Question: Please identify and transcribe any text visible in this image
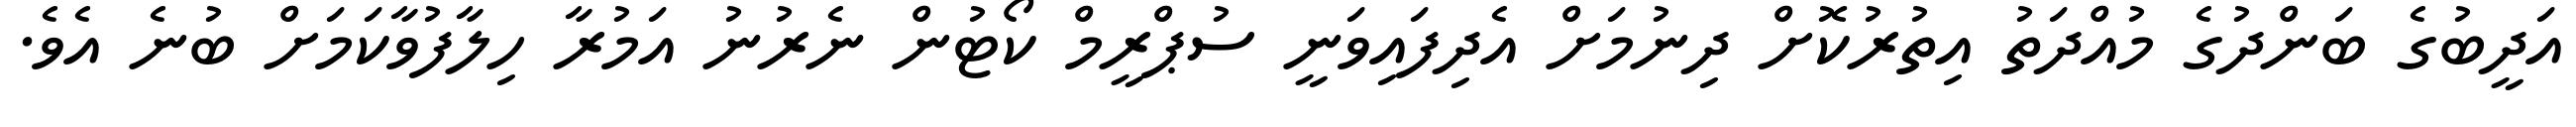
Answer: އަދީބުގެ ބަންދުގެ މުއްދަތު އިތުރުކޮށް ދިނުމަށް އެދިފައިވަނީ ސުޕްރީމް ކޯޓުން ނެރުނު އަމުރާ ހިލާފުވާކަމަށް ބުނެ އެވެ.